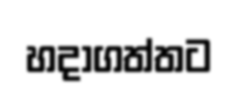
හදාගත්තට